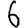
Digit: 6